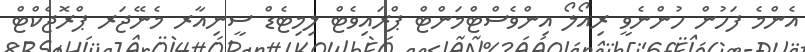
އެންމެ ފަހުން ހުންނެވީ ރިއޯލޯ އިންވެސްޓްމަންޓް ޕްރައިވެޓް ލިމިޓެޑް ސީނިއާރ މެނޭޖަރ ޕްރޮޖެކްޓް